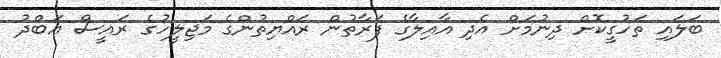
ބަލައި ތަހުގީކޮށް ދިނުމަށް އެދި އާއިލާގެ ފަރާތުން ރައްޔިތުންގެ މަޖިލީހުގެ ރައީސް އަބްދު